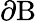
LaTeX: \partial\mathrm{B}